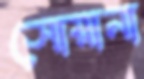
সোয়ানা